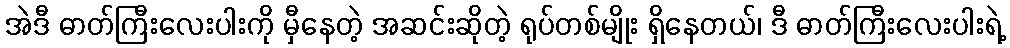
အဲဒီ ဓာတ်ကြီးလေးပါးကို မှီနေတဲ့ အဆင်းဆိုတဲ့ ရုပ်တစ်မျိုး ရှိနေတယ်၊ ဒီ ဓာတ်ကြီးလေးပါးရဲ့